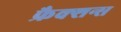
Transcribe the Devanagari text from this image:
फ्रैक्शन्स